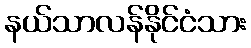
နယ်သာလန်နိုင်ငံသား